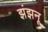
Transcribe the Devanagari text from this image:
झंझनू